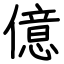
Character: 億